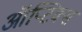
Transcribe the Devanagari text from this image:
ऑप्टिक्‍स